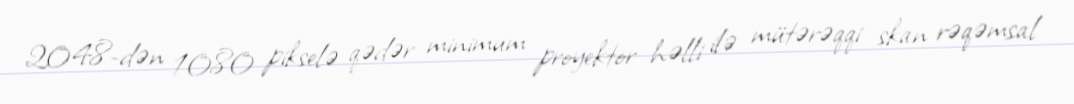
2048-dən 1080 pikselə qədər minimum proyektor həlli ilə mütərəqqi skan rəqəmsal